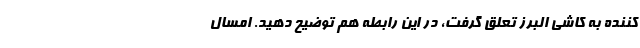
کننده به کاشی البرز تعلق گرفت، در این رابطه هم توضیح دهید. امسال